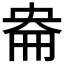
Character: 𡘦